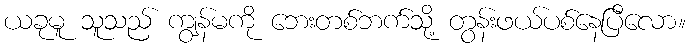
ယခုမူ သူသည် ကျွန်မကို ဘေးတစ်ဘက်သို့ တွန်းဖယ်ပစ်နေပြီလော။